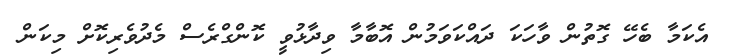
އެކަމާ ބެހޭ ގޮތުން ވާހަކަ ދައްކަވަމުން އޮބާމާ ވިދާޅުވީ ކޮންގްރެސް މެދުވެރިކޮށް މިކަން